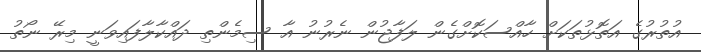
އުތުރުގެ އަތޮޅުތަކަށް ހާއްސަކޮށްގެން ލަފާޖުން ނެރުނު އާ ސިމެންތި ދައްކާލާފައިވަނީ މިރޭ ނޯތު